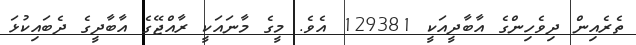
ތެރެއިން ދިވެހިންގެ އާބާދީއަކީ 129381 އެވެ. މީގެ މާނައަކީ ރާއްޖޭގެ އާބާދީގެ ދެބައިކުޅަ